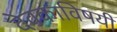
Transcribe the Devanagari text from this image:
देवकाविषयी